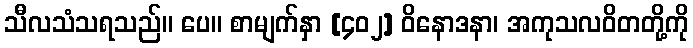
သီလသံသရသည်။ ပေ။ စာမျက်နှာ [၄၀၂] ဝိနောဒနာ၊ အကုသလဝိတတို့ကို